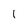
Character: 1